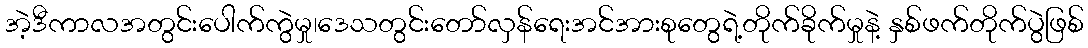
အဲ့ဒီကာလအတွင်းပေါက်ကွဲမှု၊ဒေသတွင်းတော်လှန်ရေးအင်အားစုတွေရဲ့တိုက်ခိုက်မှုနဲ့ နှစ်ဖက်တိုက်ပွဲဖြစ်